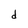
Character: d